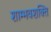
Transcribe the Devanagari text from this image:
शाम्भवशक्ति